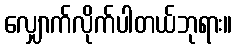
လျှောက်လိုက်ပါတယ်ဘုရား။